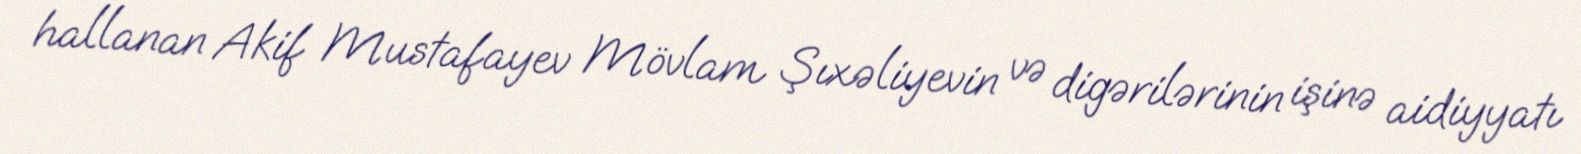
hallanan Akif Mustafayev Mövlam Şıxəliyevin və digərilərinin işinə aidiyyatı